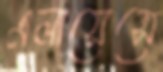
এলায়েন্সে